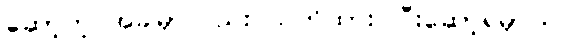
ဆော့တဲ့ အခါမှာလည်း သတိထား ပြီးဆော့ရမှာပါ။